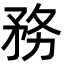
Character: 務